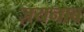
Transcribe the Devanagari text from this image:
ज़यनाब